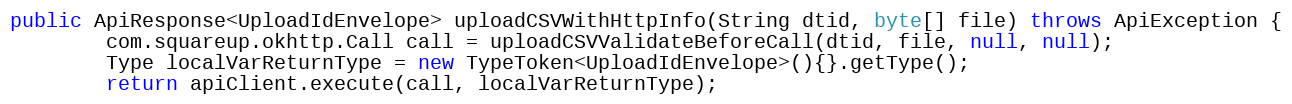
Language: Java
public ApiResponse<UploadIdEnvelope> uploadCSVWithHttpInfo(String dtid, byte[] file) throws ApiException {
        com.squareup.okhttp.Call call = uploadCSVValidateBeforeCall(dtid, file, null, null);
        Type localVarReturnType = new TypeToken<UploadIdEnvelope>(){}.getType();
        return apiClient.execute(call, localVarReturnType);